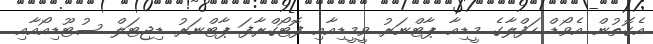
އެގޮތުން އެވޯޑް ހަފްލާގެ މީޑިއާ ޕާޓްނަރު ވީމީޑިއާއި ފޮޓޯގްރާފަ ޕާޓްނަރު ޑިޖިޓަލް ސުޓޫޑިއޯއާއި